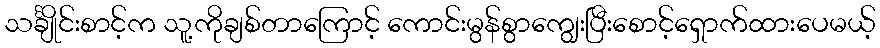
သင်္ချိုင်းစာင့်က သူ့ကိုချစ်တာကြောင့် ကောင်းမွန်စွာကျွေးပြီးစောင့်ရှောက်ထားပေမယ့်